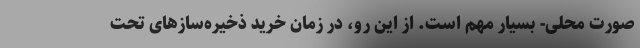
صورت محلی- بسیار مهم است. از این رو، در زمان خرید ذخیره‌سازهای تحت